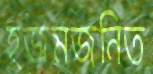
হজমজনিত